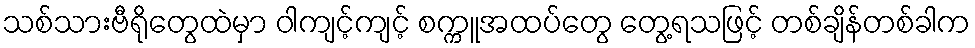
သစ်သားဗီရိုတွေထဲမှာ ဝါကျင့်ကျင့် စက္ကူအထပ်တွေ တွေ့ရသဖြင့် တစ်ချိန်တစ်ခါက